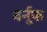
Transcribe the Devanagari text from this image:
बर्नूफ